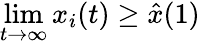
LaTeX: \operatorname*{lim}_{t\to\infty}x_{i}(t)\geq\hat{x}(1)